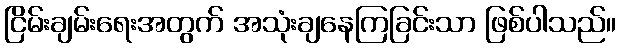
ငြိမ်းချမ်းရေးအတွက် အသုံးချနေကြခြင်းသာ ဖြစ်ပါသည်။